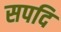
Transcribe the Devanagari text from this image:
सपदि